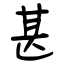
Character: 甚